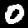
Label: 0